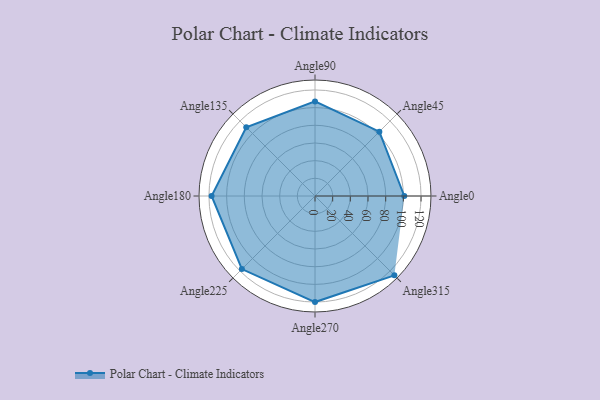
{"axis": {"x": "Angle", "y": "Radius"}, "legend": [""], "data": [{"x": "Angle0", "y": 101.0, "type": ""}, {"x": "Angle45", "y": 103.0, "type": ""}, {"x": "Angle90", "y": 107.0, "type": ""}, {"x": "Angle135", "y": 110.0, "type": ""}, {"x": "Angle180", "y": 117.0, "type": ""}, {"x": "Angle225", "y": 117.0, "type": ""}, {"x": "Angle270", "y": 120.0, "type": ""}, {"x": "Angle315", "y": 127.0, "type": ""}]}